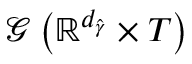
\mathcal { G } \left( \mathbb { R } ^ { d _ { \widehat { \gamma } } } \times T \right)